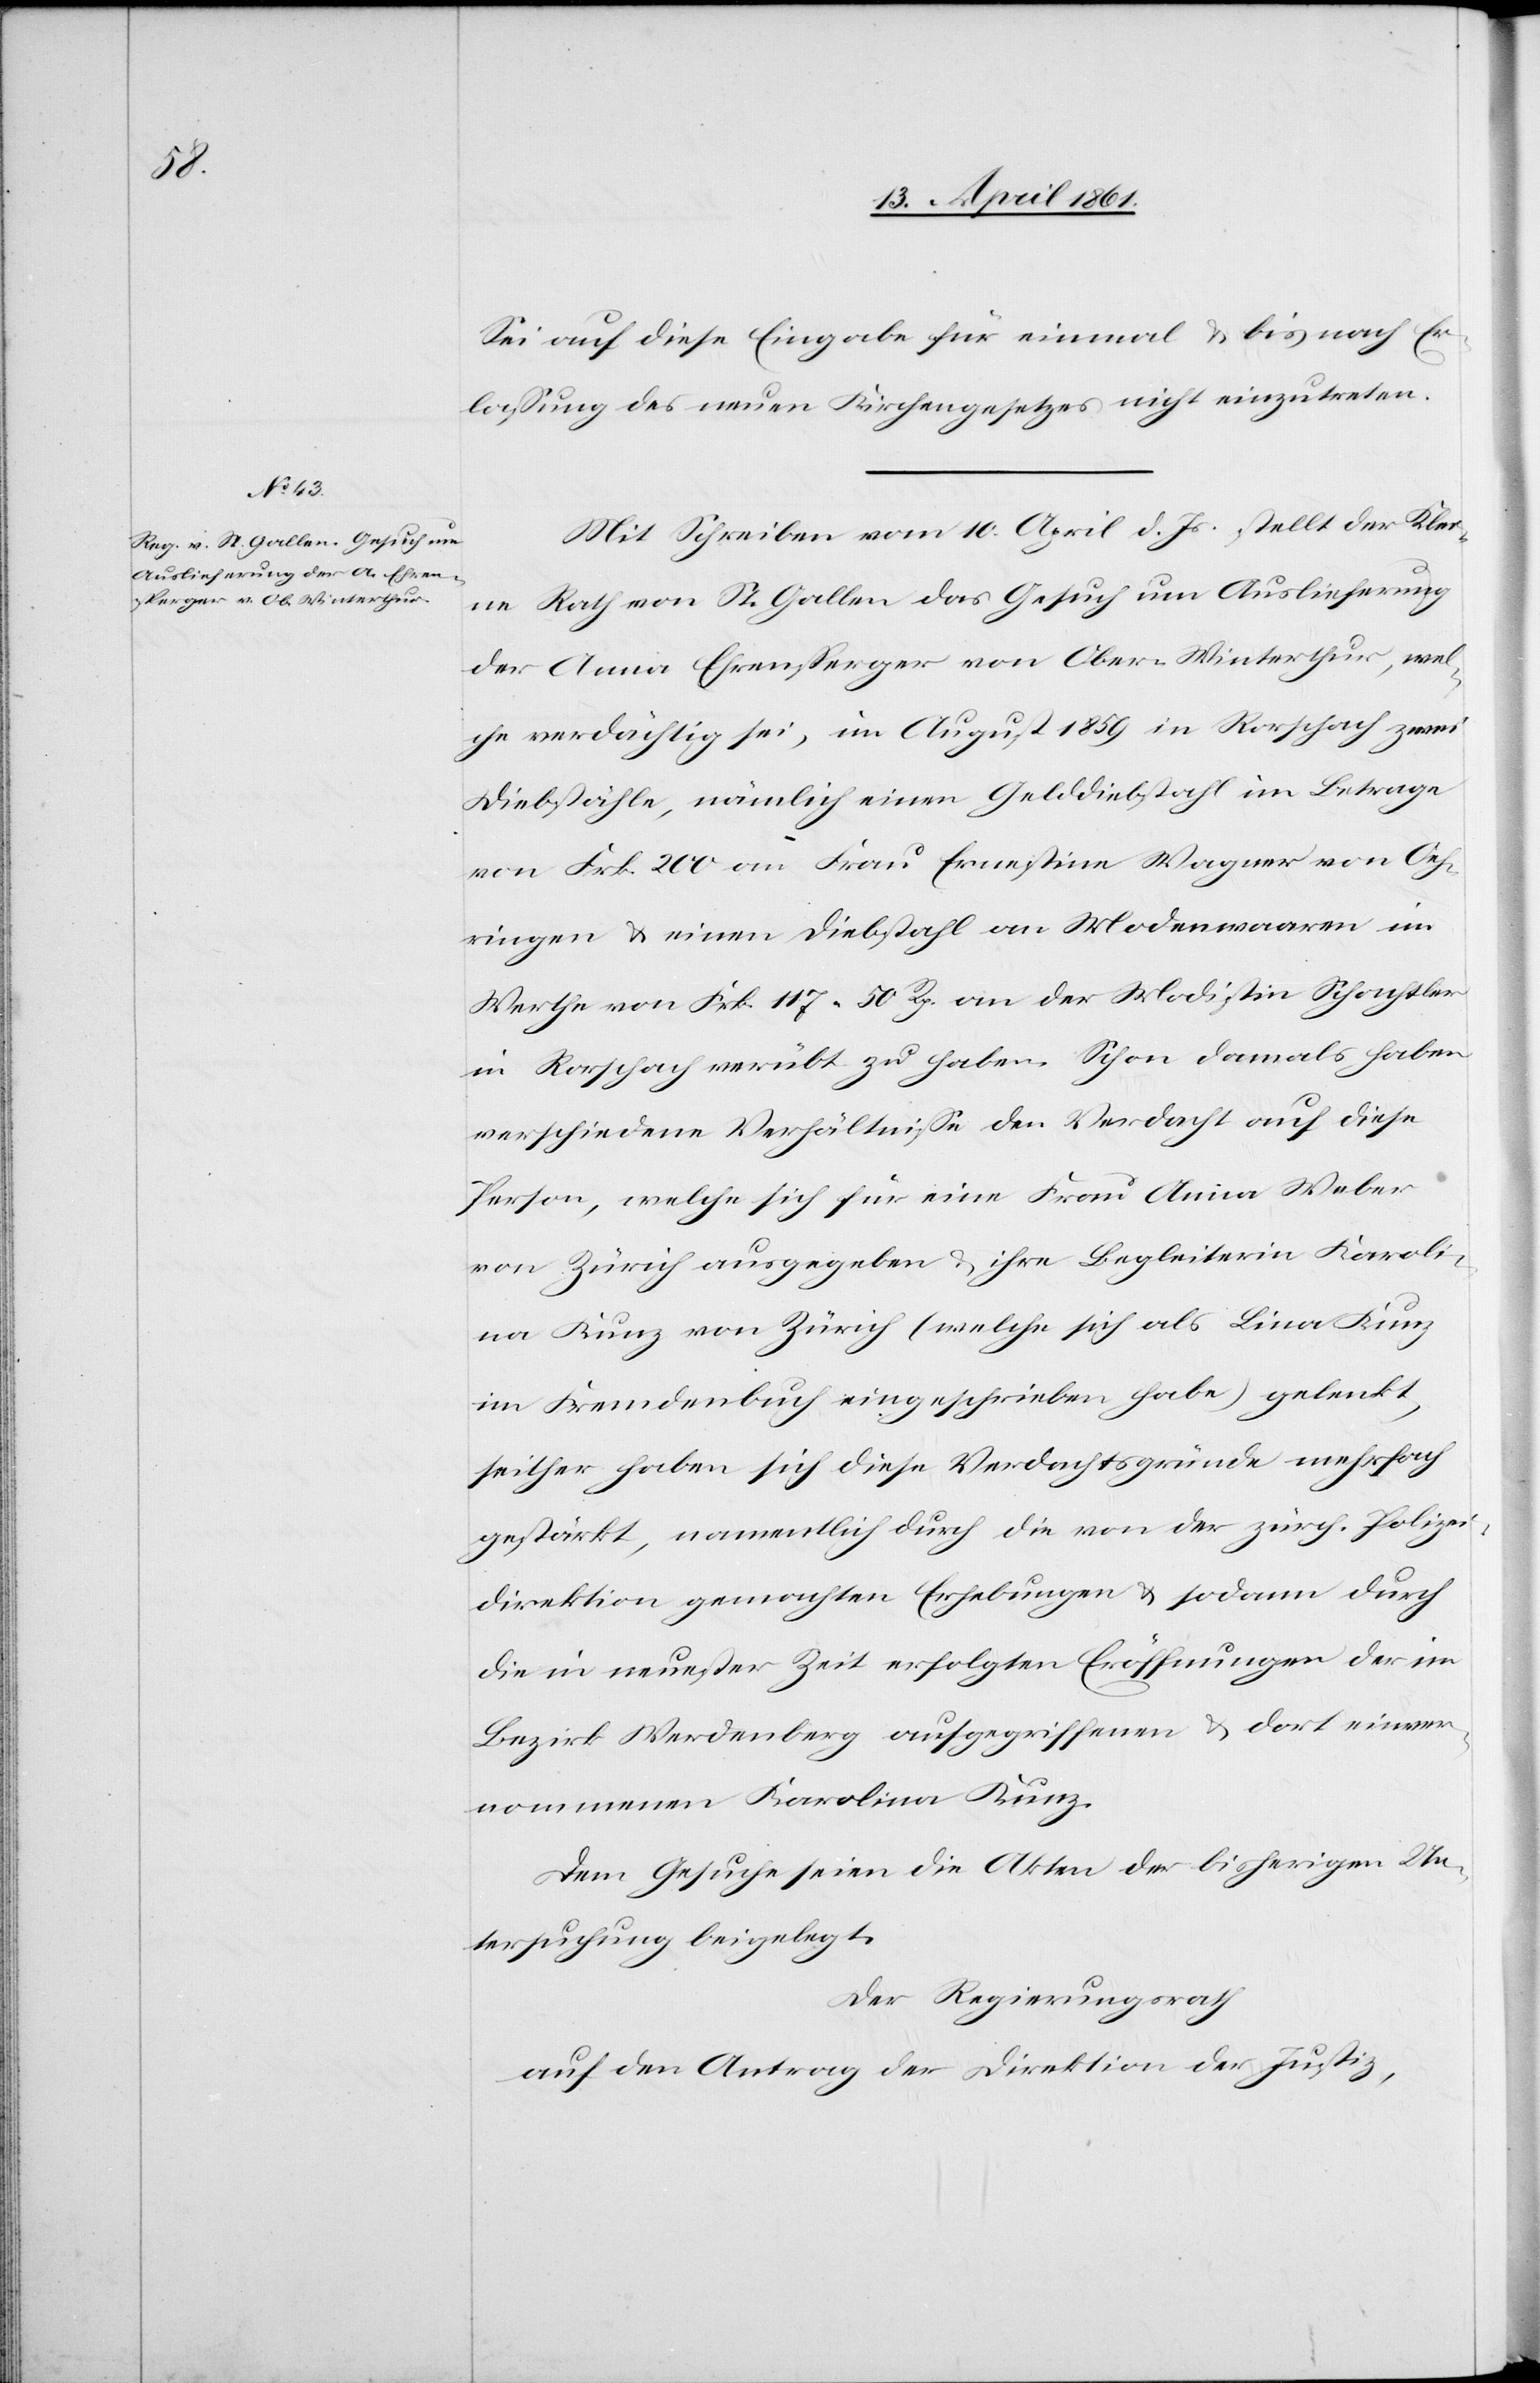
Sei auf diese Eingabe für einmal u. bis nach Er¬
lassung des neuen Kirchengesetzes nicht einzutreten.
Mit Schreiben vom 10. April d. Js. stellt der Klei¬
ne Rath von St. Gallen das Gesuch um Auslieferung
der Anna Ehrensperger von Ober-Winterthur, wel¬
che verdächtigt sei, im August 1859 in Rorschach zwei
Diebstähle, nämlich einen Gelddiebstahl im Betrage
von Frk. 200 an Frau Ernestine Wagner von Oh¬
ringen u. einen Diebstahl an Modenwaaren im
Werthe von Frk. 117 50 Rp. an der Modistin Schönthler
in Rorschach verübt zu haben. Schon damals haben
verschiedene Verhältnisse den Verdacht auf diese
Person, welche sich für eine Frau Anna Weber
von Zürich ausgegeben u. ihre Begleiterin Karoli¬
na Kunz von Zürich (welche sich als Lina Kunz
im Fremdenbuch eingeschrieben habe) gelenkt,
seither haben sich diese Verdachtsgründe mehrfach
gestärkt, namentlich durch die von der zürch. Polizei¬
direktion gemachten Erhebungen u. sodann durch
die in neuester Zeit erfolgten Eröffnungen der im
Bezirk Werdenberg aufgegriffenen u. dort einver¬
nommenen Karolina Kunz.
Dem Gesuche seien die Akten der bisherigen Un¬
tersuchung beigelegt.
Der Regierungsrath
auf den Antrag der Direktion der Justiz,